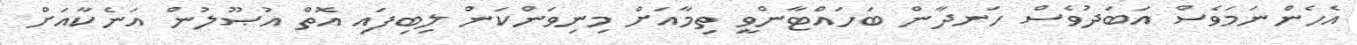
އެެހެންނަމަވެސް އަބަދުވެސް ހަނދާން ބަހައްޓާންވީ ތިމާއަށް މިނިވަންކަން ލިބިފައި އޮތް އުޞޫލުން އަނެކާއަށް